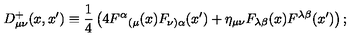
D _ { \mu \nu } ^ { + } ( x , x ^ { \prime } ) \equiv \frac { 1 } { 4 } \left( 4 F ^ { \alpha } { } _ { ( \mu } ( x ) F _ { \nu ) \alpha } ( x ^ { \prime } ) + \eta _ { \mu \nu } F _ { \lambda \beta } ( x ) F ^ { \lambda \beta } ( x ^ { \prime } ) \right) ;